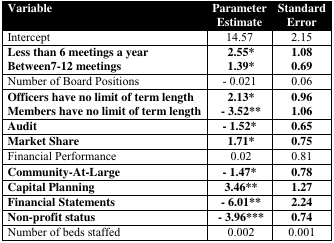
| Variable | Parameter Estimate | Standard Error |
 | --- | --- | --- |
 | Intercept | 14.57 | 2.15 |
 | Less than 6 meetings a year | 2.55* | 1.08 |
 | Between7–12 meetings | 1.39* | 0.69 |
 | Number of Board Positions | − 0.021 | 0.06 |
 | Officers have no limit of term length | 2.13* | 0.96 |
 | Members have no limit of term length | − 3.52** | 1.06 |
 | Audit | − 1.52* | 0.65 |
 | Market Share | 1.71* | 0.75 |
 | Financial Performance | 0.02 | 0.81 |
 | Community-At-Large | − 1.47* | 0.78 |
 | Capital Planning | 3.46** | 1.27 |
 | Financial Statements | − 6.01** | 2.24 |
 | Non-profit status | − 3.96*** | 0.74 |
 | Number of beds staffed | 0.002 | 0.001 |